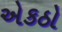
એકઠો